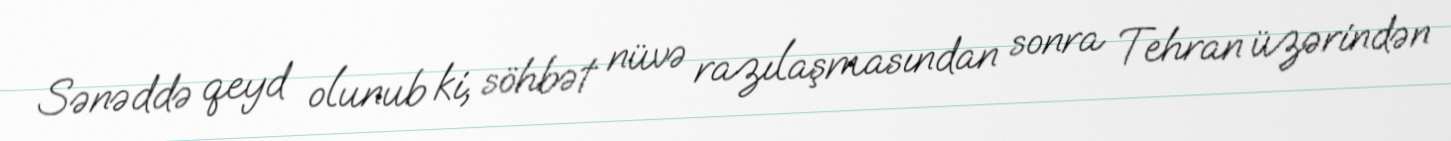
Sənəddə qeyd olunub ki, söhbət nüvə razılaşmasından sonra Tehran üzərindən